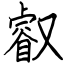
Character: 叡